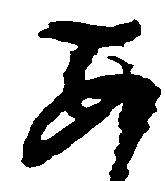
あ